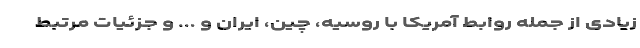
زیادی از جمله روابط آمریکا با روسیه، چین، ایران و ... و جزئیات مرتبط